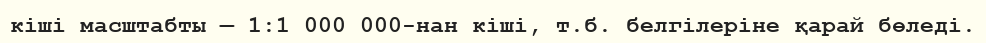
кіші масштабты — 1:1 000 000-нан кіші, т.б. белгілеріне қарай бөледі.